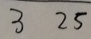
3 2 5